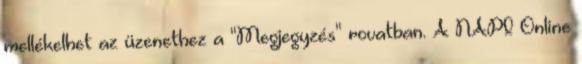
mellékelhet az üzenethez a "Megjegyzés" rovatban. A NAPI Online